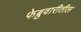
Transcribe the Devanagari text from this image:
फेब्रुवारीतील